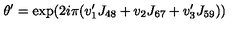
\theta ^ { \prime } = \exp ( 2 i \pi ( v _ { 1 } ^ { \prime } J _ { 4 8 } + v _ { 2 } J _ { 6 7 } + v _ { 3 } ^ { \prime } J _ { 5 9 } ) )